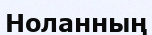
Ноланның